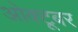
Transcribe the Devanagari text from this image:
ओक्टूबर